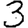
Digit: 3